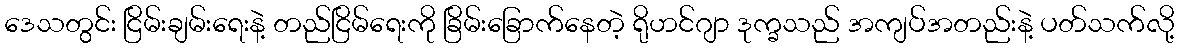
ဒေသတွင်း ငြိမ်းချမ်းရေးနဲ့ တည်ငြိမ်ရေးကို ခြိမ်းခြောက်နေတဲ့ ရိုဟင်ဂျာ ဒုက္ခသည် အကျပ်အတည်းနဲ့ ပတ်သက်လို့